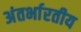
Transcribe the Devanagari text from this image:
अंतर्भारतीय